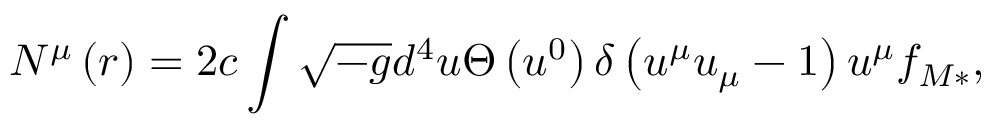
N ^ { \mu } \left( r \right) = 2 c \int \sqrt { - g } d ^ { 4 } u \Theta \left( u ^ { 0 } \right) \delta \left( u ^ { \mu } u _ { \mu } - 1 \right) u ^ { \mu } f _ { M \ast } ,